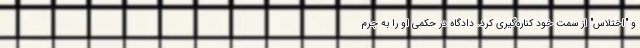
و "اختلاس" از سمت خود کناره‌گیری کرد. دادگاه در حکمی او را به جرم